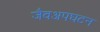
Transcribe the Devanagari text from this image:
जैवअपघटन